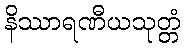
နိဿာရဏီယသုတ္တံ